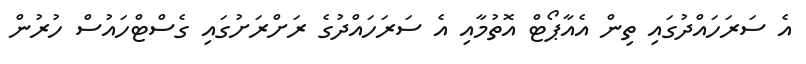
އެ ސަރަހައްދުގައި ތިން އެއާޕޯޓް އޮތުމާއި އެ ސަރަހައްދުގެ ރަށްރަށުގައި ގެސްޓްހައުސް ހުރުން